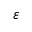
\varepsilon